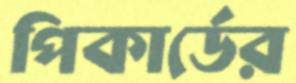
পিকার্ডের